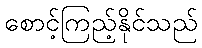
စောင့်ကြည့်နိုင်သည်